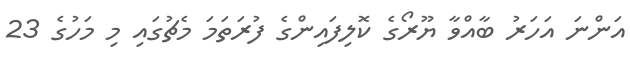
އަންނަ އަހަރު ބާއްވާ ޔޫރޯގެ ކޮލިފައިންގެ ފުރަތަމަ މެޗުގައި މި މަހުގެ 23